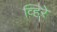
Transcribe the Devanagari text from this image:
व्हिरे